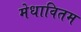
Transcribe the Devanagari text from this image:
मेधावितम